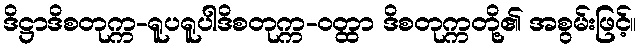
ဒိဋ္ဌာဒိစတုက္က-ရူပရူပါဒိစတုက္က-ဝတ္ထာ ဒိစတုက္ကတို့၏ အစွမ်းဖြင့်။